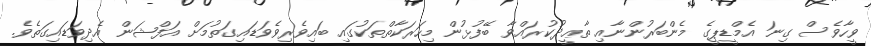
ވީހާވެސް ގިނަ އެމްޑީޕީގެ މެންބަރުންނާއި ތާޢީދުކުރައްވާ ބޭފުޅުން މިހަރަކާތްތަކުގައި ބައިވެރިވެވަޑައިގަތުމަށް އަފްޝަން އެދިވަޑައިގަތެވެ.